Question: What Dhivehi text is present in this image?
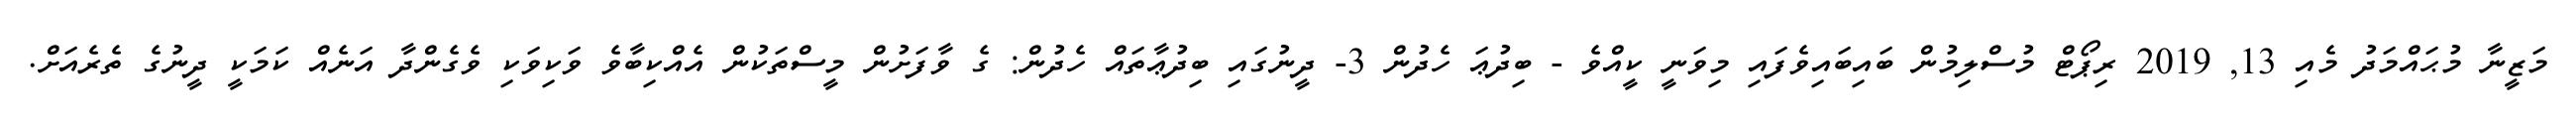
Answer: މަޒީނާ މުޙައްމަދު މެއި 13, 2019 ރިޕޯޓް މުސްލިމުން ބައިބައިވެފައި މިވަނީ ކީއްވެ - ބިދުޢަ ހެދުން 3- ދީނުގައި ބިދުޢާތައް ހެދުން: ގެ ވާފަށުން މީސްތަކުން އެއްކިބާވެ ވަކިވަކި ވެގެންދާ އަނެއް ކަމަކީ ދީނުގެ ތެރެއަށް.